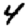
Digit: 4